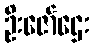
ဦးဇော်ဌေး